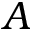
A